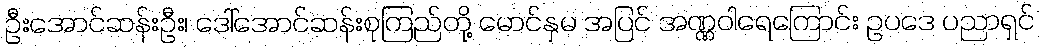
ဦးအောင်ဆန်းဦး၊ ဒေါ်အောင်ဆန်းစုကြည်တို့ မောင်နှမ အပြင် အဏ္ဏဝါရေကြောင်း ဥပဒေ ပညာရှင်